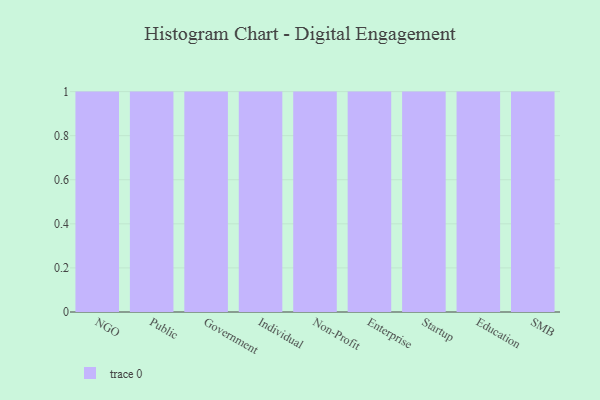
{"axis": {"x": "Segment", "y": "Production Output"}, "legend": [""], "data": [{"x": "NGO", "y": 8, "type": ""}, {"x": "Public", "y": 48, "type": ""}, {"x": "Government", "y": 88, "type": ""}, {"x": "Individual", "y": 89, "type": ""}, {"x": "Non-Profit", "y": 9, "type": ""}, {"x": "Enterprise", "y": 21, "type": ""}, {"x": "Startup", "y": 30, "type": ""}, {"x": "Education", "y": 33, "type": ""}, {"x": "SMB", "y": 36, "type": ""}]}